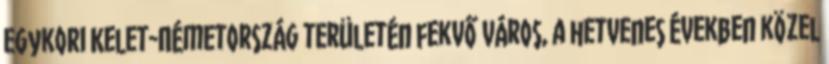
egykori Kelet-Németország területén fekvő város, a hetvenes években közel